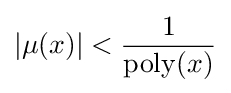
|\mu (x)|<{\frac {1}{\operatorname {poly} (x)}}